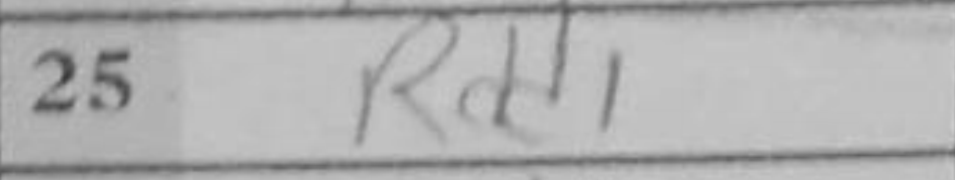
Transcription: Rdd1